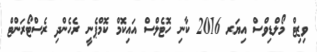
ވިޒިޓް މޯލްޑިވްސް އިޔަރ 2016 ކާނި ހޮޓެލްސް އައިކޮމް ކޮމްޕެނީ ރެހެންދި ރެސްޓޯރަންޓް